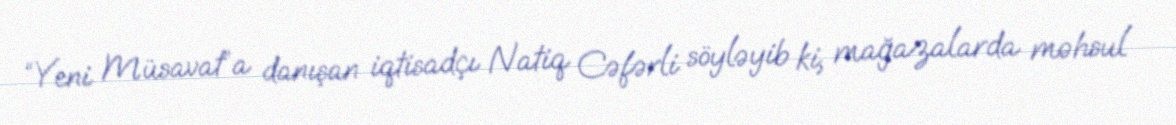
“Yeni Müsavat”a danışan iqtisadçı Natiq Cəfərli söyləyib ki, mağazalarda məhsul